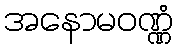
အနောမဝဏ္ဏံ